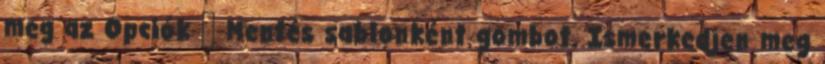
meg az Opciók → Mentés sablonként gombot. Ismerkedjen meg